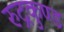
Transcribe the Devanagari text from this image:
रुद्रकुण्ड